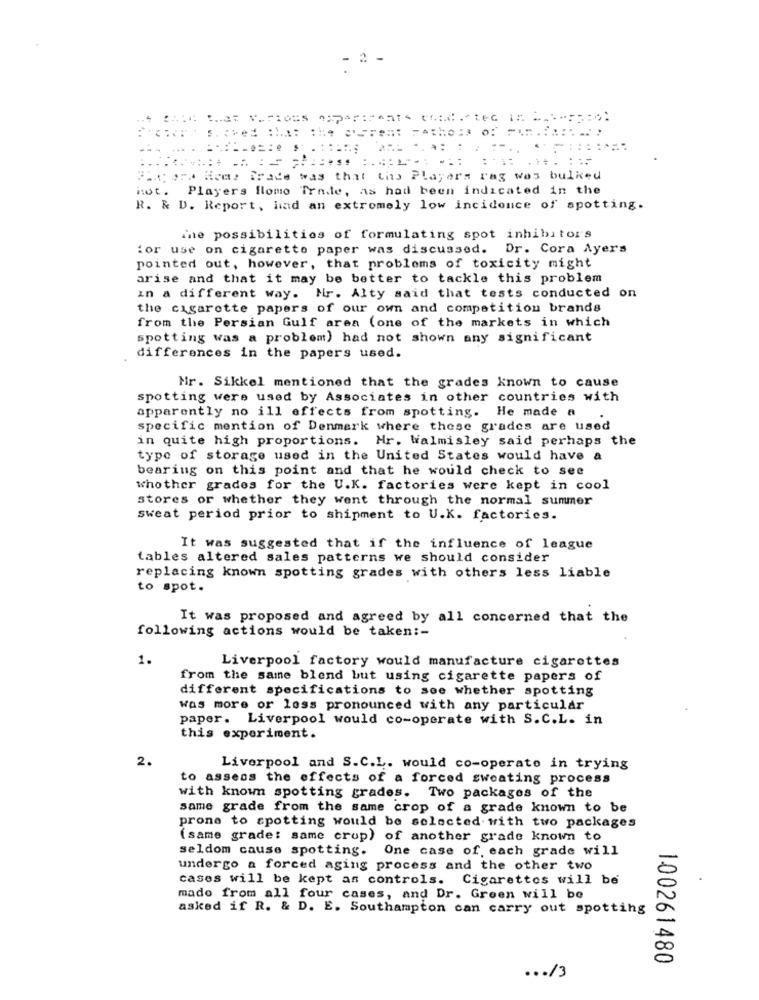
- 2 -
P.Cera Micay irade was that Chs Players rag was bulked
hot. Players flomo Trade, as had been indicated in the
R. & D. Report, had an extremely low incidence of spotting.
ine possibilities of formulating spot inhibitors
for use on cigarette paper was discussed. Dr. Cora Ayers
pointed out, however, that problems of toxicity might
arise and that it may be better to tackle this problem
in a different way. Mr. Alty said that tests conducted on
the cigarette papers of our own and competition brands
from the Persian Gulf area (one of the markets in which
spotting was a problem) had not shown any significant
differences in the papers used.
Mr. Sikkel mentioned that the grades known to cause
spotting were used by Associates in other countries with
apparently no ill effects from spotting. He made a
specific mention of Denmark where these grades are used
in quite high proportions. Hr. Walmisley said perhaps the
type of storage used in the United States would have a
bearing on this point and that he would check to see
Whother grades for the U.K. factories were kept in cool
stores or whether they went through the normal summer
sweat period prior to shipment to U.K. factories.
It was suggested that if the influence of league
tables altered sales patterns we should consider
replacing known spotting grades with others less liable
to spot.
It was proposed and agreed by all concerned that the
following actions would be taken :-
1.
Liverpool factory would manufacture cigarettes
from the same blend but using cigarette papers of
different specifications to see whether spotting
was more or less pronounced with any particular
paper. Liverpool would co-operate with S.C.L. in
this experiment.
2.
Liverpool and S.C.L. would co-operate in trying
to assess the effects of a forced sweating process
with known spotting grades. Two packages of the
same grade from the same crop of a grade known to be
prone to spotting would be selected with two packages
(same grade: same crup) of another grade known to
seldom cause spotting. One case of. each grade will
undergo a forced aging process and the other two
cases will be kept an controls. Cigarettes will be
mado from all four cases, and Dr. Green will be
asked if R. & D. E. Southampton can carry out spotting
100261480
... /3